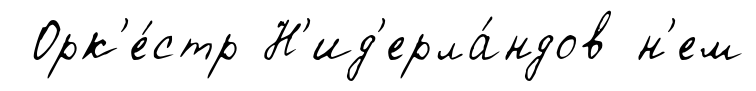
Орк'е́стр Н'ид'ерла́ндов н'ем